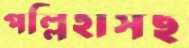
পল্লিহাসছ